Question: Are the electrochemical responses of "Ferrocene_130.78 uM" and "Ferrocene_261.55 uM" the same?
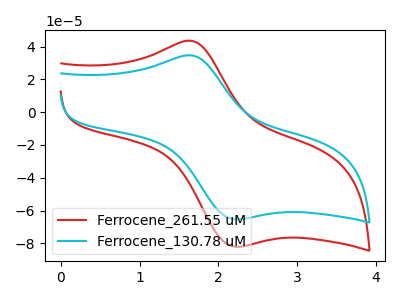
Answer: <think>The red curve "Ferrocene_261.55 uM" has an anodic peak at (1.70V, 43.35uA) and a cathodic peak at (2.30V, -82.10uA). The cyan curve "Ferrocene_130.78 uM" has an anodic peak at (1.70V, 34.50uA) and a cathodic peak at (2.30V, -65.35uA).
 All the peaks in "Ferrocene_130.78 uM" have a peak in "Ferrocene_261.55 uM" at the same potential. Every peak in "Ferrocene_130.78 uM" is lower than every peak in "Ferrocene_261.55 uM".</think>
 <answer>"Ferrocene_130.78 uM" and "Ferrocene_261.55 uM" are similar in shape.</answer>
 <eval>same_shape</eval>